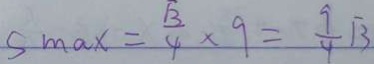
s \max = \frac { \sqrt { 3 } } { 4 } \times 9 = \frac { 9 } { 4 } \sqrt { 3 }